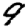
Digit: 9